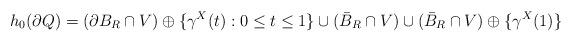
LaTeX: \begin{align*}h_0(\partial Q) = (\partial B_R \cap V)\oplus \{\gamma^X(t):0\leq t\leq 1\} \cup (\bar{B}_R\cap V) \cup (\bar{B}_R\cap V)\oplus \{\gamma^X(1)\}\end{align*}